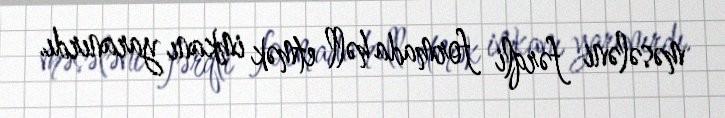
məsələni fərqli formada həll etmək imkanı yaranırdı.